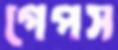
গেপস